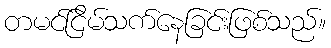
တမင်ငြိမ်သက်နေခြင်းဖြစ်သည်။